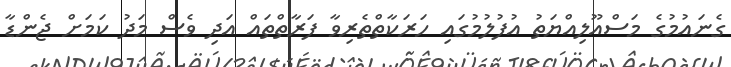
ގެނައުމުގެ މަސްއޫލިއްޔަތު އުފުލުމުގައި ހަރަކާތްތެރިވާ ފަރާތްތައް އަދި ވެސް މަދު ކަމަށް ޖެންޑާ